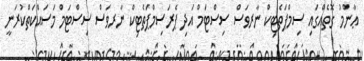
ޢާންމު ގޮތެއްގައި ސިމްޕަތެޓިކް ނާރވަސް ސިސްޓަމް އަދި ޕެރަސިމްޕަތެޓިކް ނާރވަސް ސިސްޓަމް މަސައްކަތްކުރަނީ